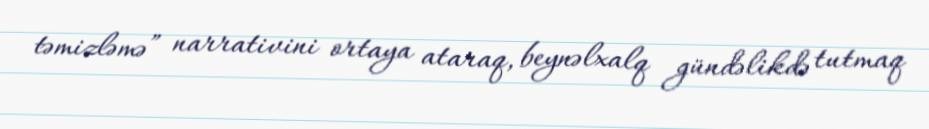
təmizləmə” narrativini ortaya ataraq, beynəlxalq gündəlikdə tutmaq